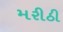
મરીઠી